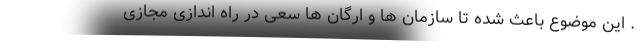
. این موضوع باعث شده تا سازمان ها و ارگان ها سعی در راه اندازی مجازی